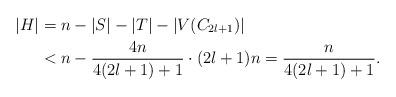
LaTeX: \begin{align*}|H|&=n-|S|-|T|-|V(C_{2l+1})|\\&<n-\frac{4n}{4(2l+1)+1}\cdot (2l+1)n=\frac{n}{4(2l+1)+1}.\end{align*}